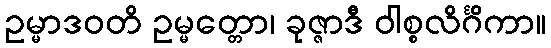
ဥမ္မာဒဝတိ ဥမ္မတ္တော၊ ခုဇ္ဇာဒီ ဝါစ္စလိင်္ဂိကာ။